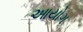
આયોગ